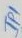
Text: JP1